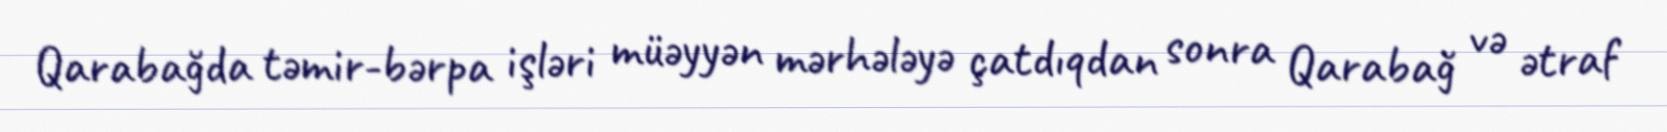
Qarabağda təmir-bərpa işləri müəyyən mərhələyə çatdıqdan sonra Qarabağ və ətraf